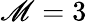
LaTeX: \mathscr{M}=3